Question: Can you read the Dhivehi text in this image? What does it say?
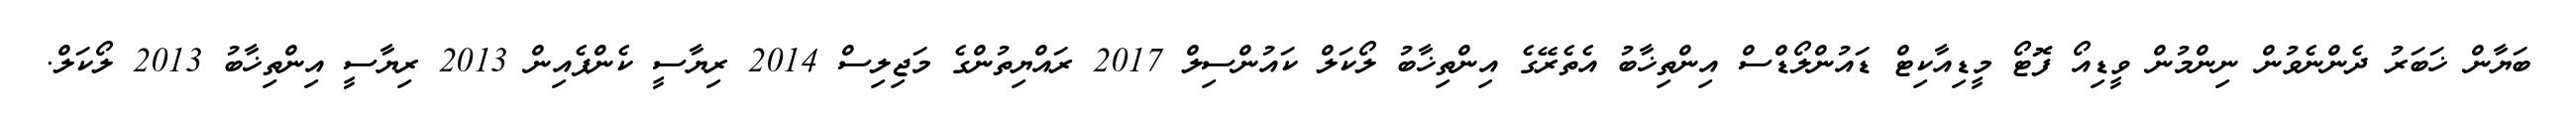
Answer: ބަޔާން ޚަބަރު ދެންނެވުން ނިންމުން ވީޑިއޯ ފޮޓޯ މީޑިއާކިޓް ޑައުންލޯޑްސް އިންތިޚާބު އެތެރޭގެ އިންތިޚާބު ލޯކަލް ކައުންސިލް 2017 ރައްޔިތުންގެ މަޖިލިސް 2014 ރިޔާސީ ކެންޕެއިން 2013 ރިޔާސީ އިންތިޚާބު 2013 ލޯކަލް.